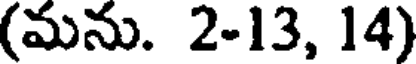
(మను. 2-13, 14)